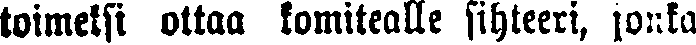
toimeksi ottaa komitealle sihteeri, jonka